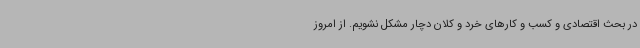
در بحث اقتصادی و کسب و کارهای خرد و کلان دچار مشکل نشویم. از امروز